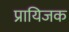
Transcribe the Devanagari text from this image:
प्रायिजक